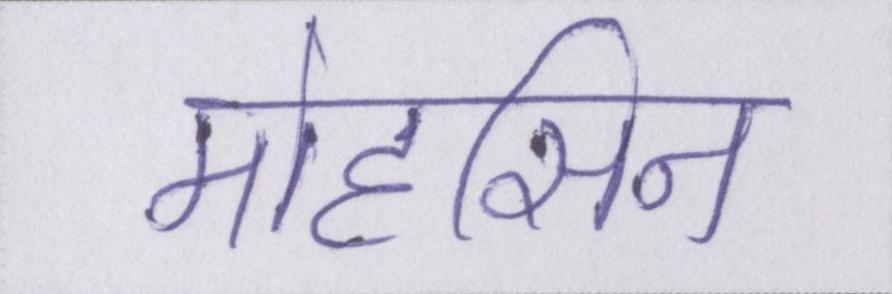
मोहसिन